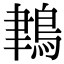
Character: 𪁀